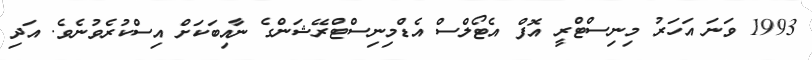
1993 ވަނަ އަހަރު މިނިސްޓްރީ އޮފް އެޓޯލްސް އެޑްމިނިސްޓްރޭޝަންގެ ނާއިބަކަށް އިސްކުރެވުނެވެ. އަދި